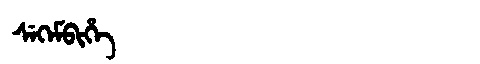
Manchu: ᠰᡝᡴᡝᠮᠪᡳᡥᡝ
Romanization: SEKEMBIHE